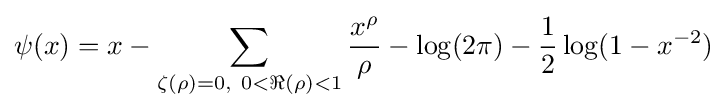
\psi (x)=x-\sum _{\zeta (\rho )=0,\ 0<\Re (\rho )<1}{\frac {x^{\rho }}{\rho }}-\log(2\pi )-{\frac {1}{2}}\log(1-x^{-2})